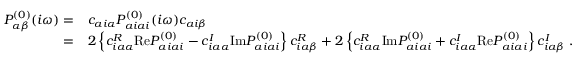
\begin{array} { r l } { P _ { \alpha \beta } ^ { ( 0 ) } ( i \omega ) = } & { c _ { a i \alpha } P _ { a i a i } ^ { ( 0 ) } ( i \omega ) c _ { a i \beta } } \\ { = } & { 2 \left\{ c _ { i a \alpha } ^ { R } \mathrm { R e } P _ { a i a i } ^ { ( 0 ) } - c _ { i a \alpha } ^ { I } \mathrm { I m } P _ { a i a i } ^ { ( 0 ) } \right\} c _ { i a \beta } ^ { R } + 2 \left\{ c _ { i a \alpha } ^ { R } \mathrm { I m } P _ { a i a i } ^ { ( 0 ) } + c _ { i a \alpha } ^ { I } \mathrm { R e } P _ { a i a i } ^ { ( 0 ) } \right\} c _ { i a \beta } ^ { I } \; . } \end{array}